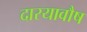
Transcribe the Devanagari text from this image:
दारयावौष